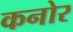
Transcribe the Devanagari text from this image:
कनोर